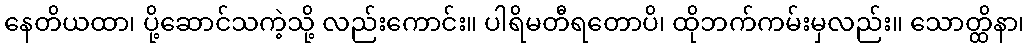
နေတိယထာ၊ ပို့ဆောင်သကဲ့သို့ လည်းကောင်း။ ပါရိမတီရတောပိ၊ ထိုဘက်ကမ်းမှလည်း။ သောတ္ထိနာ၊